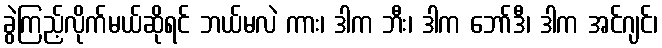
ခွဲကြည့်လိုက်မယ်ဆိုရင် ဘယ်မလဲ ကား၊ ဒါက ဘီး၊ ဒါက ဘော်ဒီ၊ ဒါက အင်ဂျင်၊